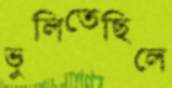
ভুলিতেছিলে